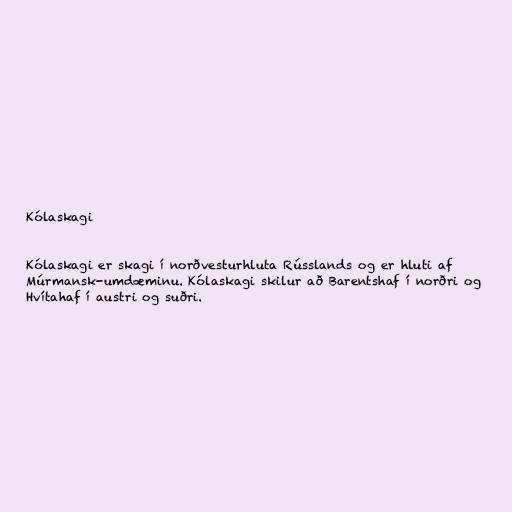
Kólaskagi

Kólaskagi er skagi í norðvesturhluta Rússlands og er hluti af
Múrmansk-umdæminu. Kólaskagi skilur að Barentshaf í norðri og
Hvítahaf í austri og suðri.